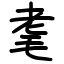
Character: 耄